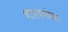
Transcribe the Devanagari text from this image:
शास्त्रसंमत